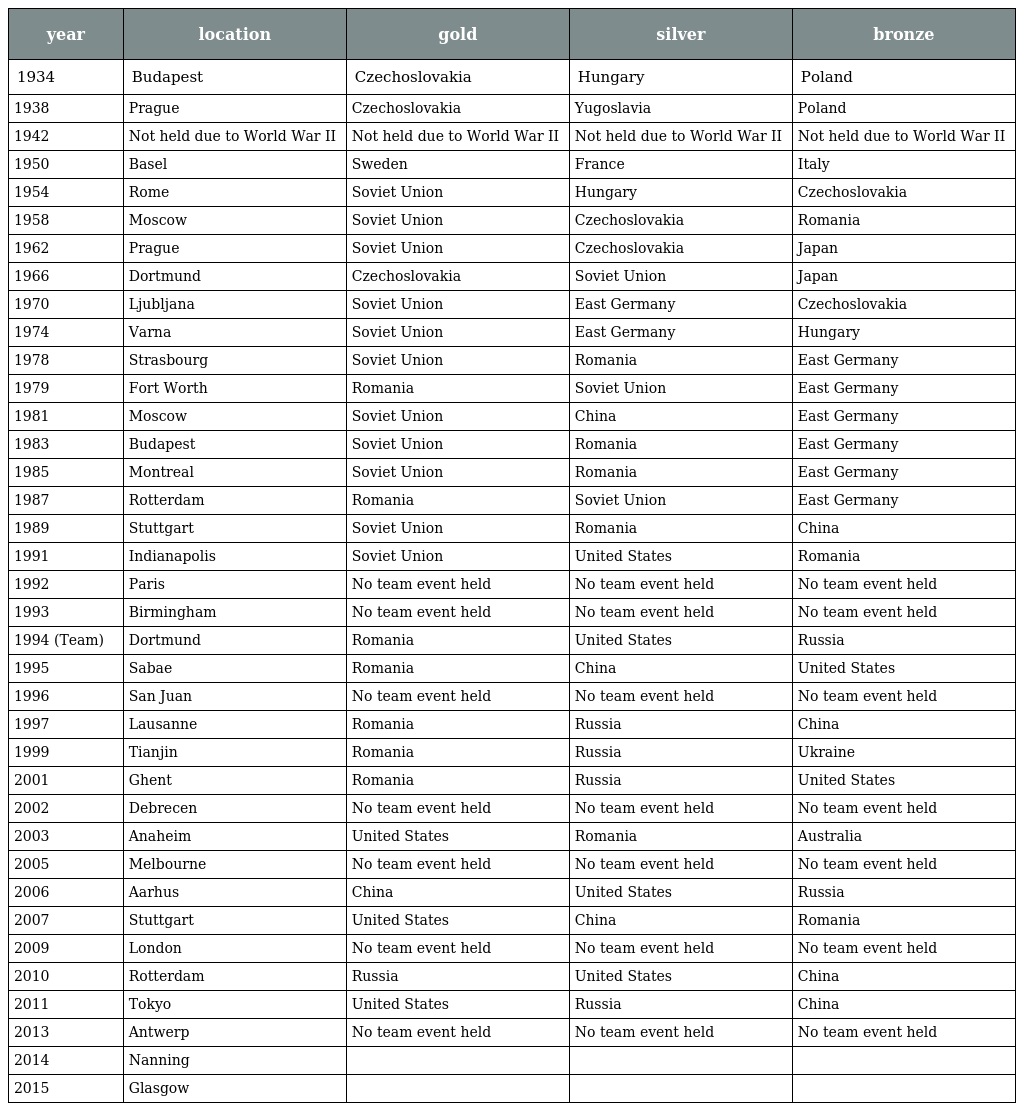
| year | location | gold | silver | bronze |
 | --- | --- | --- | --- | --- |
 | 1934 | Budapest | Czechoslovakia | Hungary | Poland |
 | 1938 | Prague | Czechoslovakia | Yugoslavia | Poland |
 | 1942 | Not held due to World War II | Not held due to World War II | Not held due to World War II | Not held due to World War II |
 | 1950 | Basel | Sweden | France | Italy |
 | 1954 | Rome | Soviet Union | Hungary | Czechoslovakia |
 | 1958 | Moscow | Soviet Union | Czechoslovakia | Romania |
 | 1962 | Prague | Soviet Union | Czechoslovakia | Japan |
 | 1966 | Dortmund | Czechoslovakia | Soviet Union | Japan |
 | 1970 | Ljubljana | Soviet Union | East Germany | Czechoslovakia |
 | 1974 | Varna | Soviet Union | East Germany | Hungary |
 | 1978 | Strasbourg | Soviet Union | Romania | East Germany |
 | 1979 | Fort Worth | Romania | Soviet Union | East Germany |
 | 1981 | Moscow | Soviet Union | China | East Germany |
 | 1983 | Budapest | Soviet Union | Romania | East Germany |
 | 1985 | Montreal | Soviet Union | Romania | East Germany |
 | 1987 | Rotterdam | Romania | Soviet Union | East Germany |
 | 1989 | Stuttgart | Soviet Union | Romania | China |
 | 1991 | Indianapolis | Soviet Union | United States | Romania |
 | 1992 | Paris | No team event held | No team event held | No team event held |
 | 1993 | Birmingham | No team event held | No team event held | No team event held |
 | 1994 (Team) | Dortmund | Romania | United States | Russia |
 | 1995 | Sabae | Romania | China | United States |
 | 1996 | San Juan | No team event held | No team event held | No team event held |
 | 1997 | Lausanne | Romania | Russia | China |
 | 1999 | Tianjin | Romania | Russia | Ukraine |
 | 2001 | Ghent | Romania | Russia | United States |
 | 2002 | Debrecen | No team event held | No team event held | No team event held |
 | 2003 | Anaheim | United States | Romania | Australia |
 | 2005 | Melbourne | No team event held | No team event held | No team event held |
 | 2006 | Aarhus | China | United States | Russia |
 | 2007 | Stuttgart | United States | China | Romania |
 | 2009 | London | No team event held | No team event held | No team event held |
 | 2010 | Rotterdam | Russia | United States | China |
 | 2011 | Tokyo | United States | Russia | China |
 | 2013 | Antwerp | No team event held | No team event held | No team event held |
 | 2014 | Nanning |  |  |  |
 | 2015 | Glasgow |  |  |  |